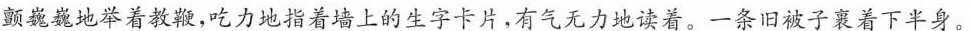
颤巍巍地举着教鞭，吃力地指着上的生字卡片，有气无力地读着。一条旧被子裹着下半身。